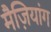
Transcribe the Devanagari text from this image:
मैज़ियांग